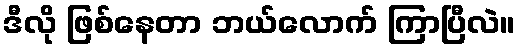
ဒီလို ဖြစ်နေတာ ဘယ်လောက် ကြာပြီလဲ။